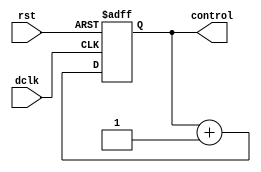
module two_bit_counter(
		dclk,
		rst,
		control
);
			input        dclk;
			input        rst;
			output [1:0] control;
			reg [1:0]    count;
			always @(posedge dclk or posedge rst)
				begin
					if (rst == 1'b1)
						count <= {2{1'b0}};
					else
						count <= count + 1'b1;
				end
			assign control = count;
endmodule